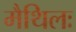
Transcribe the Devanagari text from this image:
मैथिलः